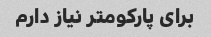
برای پارکومتر نیاز دارم